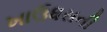
ખાઉધરાની